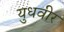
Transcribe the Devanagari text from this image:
युधवीर